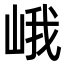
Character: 峨